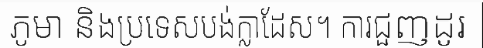
ភូមា និងប្រទេសបង់ក្លាដែស។ ការជួញដូរ